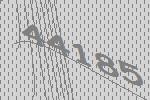
44185